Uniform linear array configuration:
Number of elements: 48
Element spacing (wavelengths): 0.75
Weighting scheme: cosine
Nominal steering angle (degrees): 45
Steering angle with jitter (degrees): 45.057
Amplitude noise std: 0.05
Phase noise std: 0.05

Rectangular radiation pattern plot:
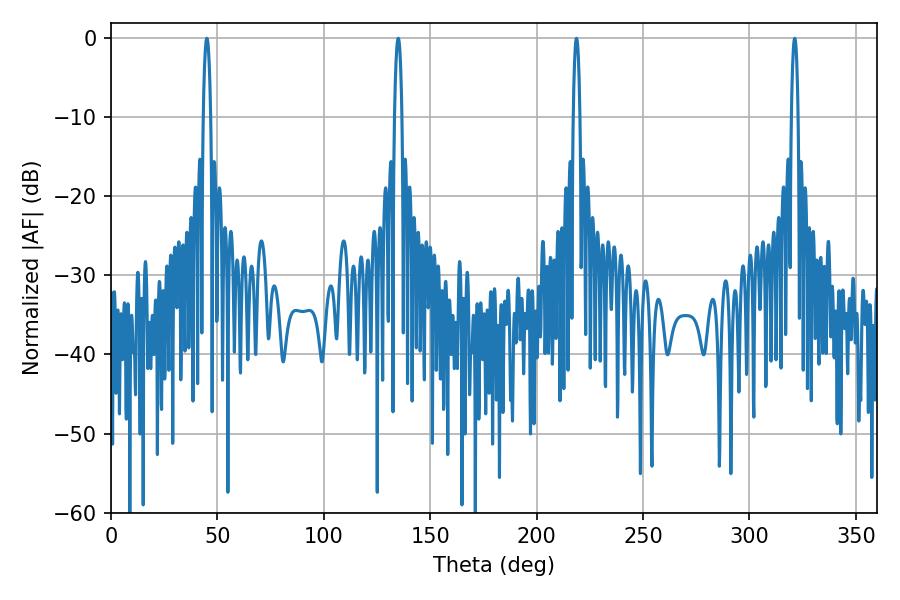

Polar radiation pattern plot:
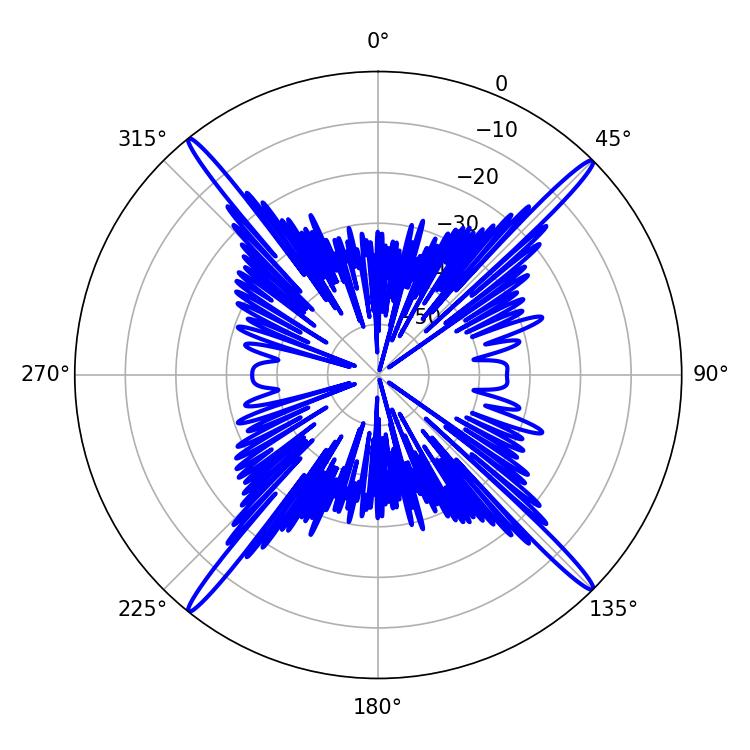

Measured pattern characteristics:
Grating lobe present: TRUE
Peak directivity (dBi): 22.544
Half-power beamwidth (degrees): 1.8
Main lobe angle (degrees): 218.7